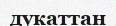
дукаттан